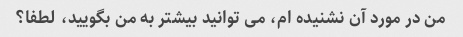
من در مورد آن نشنیده ام، می توانید بیشتر به من بگویید، لطفا؟